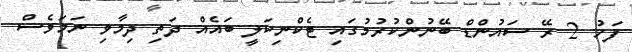
ފަހު 2 ރޭ ސައުންޑް ބޭނުންކުރުމުގައި ޓެކްނިކަލީ ބައެއް ދަތި ދިމާވި ނަމަވެސް